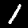
Label: 1